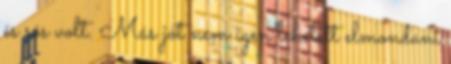
és sós volt. Más jót nem igen lehetett elmondani